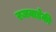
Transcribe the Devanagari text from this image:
रजवाड़ेकी